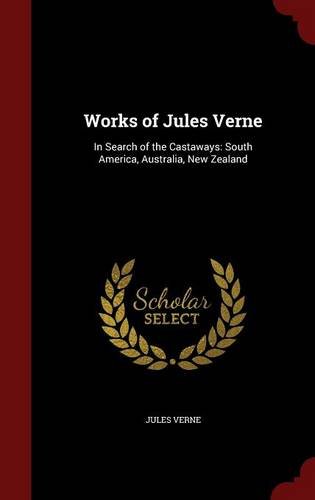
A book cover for Works of Jules Verne: In Search of the Castaways: South America, Australia, New Zealand; Jules Verne; History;